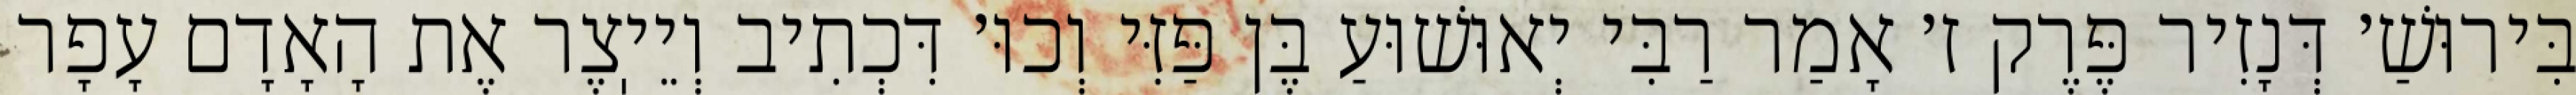
בִּירוּשַׁ׳ דְּנָזִיר פֶּרֶק ז׳ אָמַר רַבִּי יְאוּשׁוּעַ בֶּן פַּזִּי וְכוּ׳ דִּכְתִיב וְיֵיֽצֶר אֶת הָאָדָם עָפָר